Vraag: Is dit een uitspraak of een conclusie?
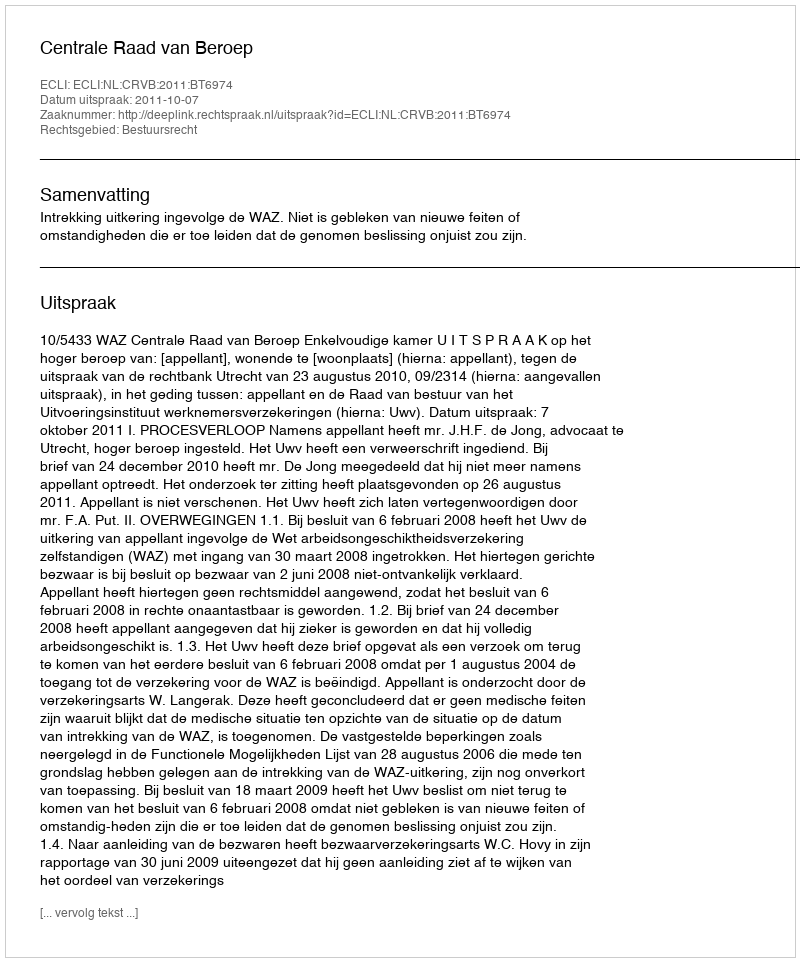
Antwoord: Uitspraak